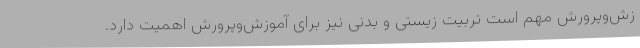
زش‌وپرورش مهم است تربیت زیستی و بدنی نیز برای آموزش‌وپرورش اهمیت دارد.